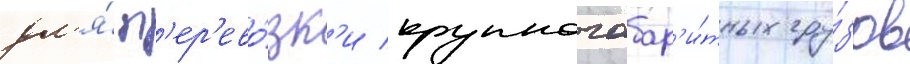
дл'я́ п'ер'ево́зк'и крупногабар'и́тных гру́зов